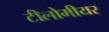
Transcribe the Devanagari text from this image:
टीलोमीयर